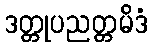
ဒတ္တုပညတ္တမိဒံ